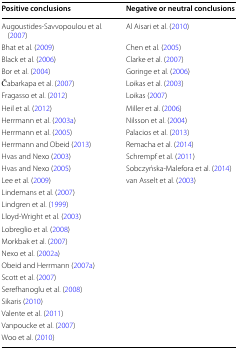
<table><thead><tr><td><b>Positive conclusions</b></td><td><b>Negative or neutral conclusions</b></td></tr></thead><tbody><tr><td>Augoustides-Savvopoulou et al. (2007)</td><td>Al Aisari et al. (2010)</td></tr><tr><td>Bhat et al. (2009)</td><td>Chen et al. (2005)</td></tr><tr><td>Black et al. (2006)</td><td>Clarke et al. (2007)</td></tr><tr><td>Bor et al. (2004)</td><td>Goringe et al. (2006)</td></tr><tr><td>Čabarkapa et al. (2007)</td><td>Loikas et al. (2003)</td></tr><tr><td>Fragasso et al. (2012)</td><td>Loikas (2007)</td></tr><tr><td>Heil et al. (2012)</td><td>Miller et al. (2006)</td></tr><tr><td>Herrmann et al. (2003a)</td><td>Nilsson et al. (2004)</td></tr><tr><td>Herrmann et al. (2005)</td><td>Palacios et al. (2013)</td></tr><tr><td>Herrmann and Obeid (2013)</td><td>Remacha et al. (2014)</td></tr><tr><td>Hvas and Nexo (2003)</td><td>Schrempf et al. (2011)</td></tr><tr><td>Hvas and Nexo (2005)</td><td>Sobczyńska-Malefora et al. (2014)</td></tr><tr><td>Lee et al. (2009)</td><td>van Asselt et al. (2003)</td></tr><tr><td>Lindemans et al. (2007)</td><td></td></tr><tr><td>Lindgren et al. (1999)</td><td></td></tr><tr><td>Lloyd-Wright et al. (2003)</td><td></td></tr><tr><td>Lobreglio et al. (2008)</td><td></td></tr><tr><td>Morkbak et al. (2007)</td><td></td></tr><tr><td>Nexo et al. (2002a)</td><td></td></tr><tr><td>Obeid and Herrmann (2007a)</td><td></td></tr><tr><td>Scott et al. (2007)</td><td></td></tr><tr><td>Serefhanoglu et al. (2008)</td><td></td></tr><tr><td>Sikaris (2010)</td><td></td></tr><tr><td>Valente et al. (2011)</td><td></td></tr><tr><td>Vanpoucke et al. (2007)</td><td></td></tr><tr><td>Woo et al. (2010)</td><td></td></tr></tbody></table>